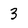
Character: 3